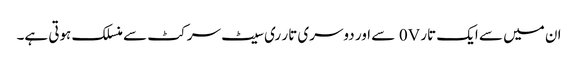
ان میں سے ایک تار 0V سے اور دوسری تار ری سیٹ سرکٹ سے منسلک ہوتی ہے۔